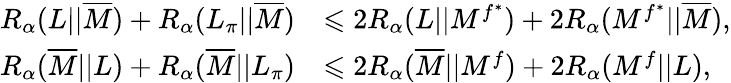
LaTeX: \begin{array}{rl}{R_{\alpha}(L||\overline{{M}})+R_{\alpha}(L_{\pi}||\overline{{M}})}&{\leqslant 2R_{\alpha}(L||M^{f^{*}})+2R_{\alpha}(M^{f^{*}}||\overline{{M}}),}\\ {R_{\alpha}(\overline{{M}}||L)+R_{\alpha}(\overline{{M}}||L_{\pi})}&{\leqslant 2R_{\alpha}(\overline{{M}}||M^{f})+2R_{\alpha}(M^{f}||L),}\end{array}